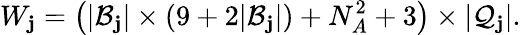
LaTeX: W_{\mathbf{j}}=\left(\vert\mathcal{{B}}_{\mathbf{j}}\vert\times(9+2\vert\mathcal{{B}}_{\mathbf{j}}\vert)+N_{A}^{2}+3\right)\times\vert\mathcal{{Q}}_{\mathbf{j}}\vert.